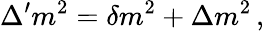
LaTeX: \Delta^{\prime}m^{2}=\delta m^{2}+\Delta m^{2}\, ,